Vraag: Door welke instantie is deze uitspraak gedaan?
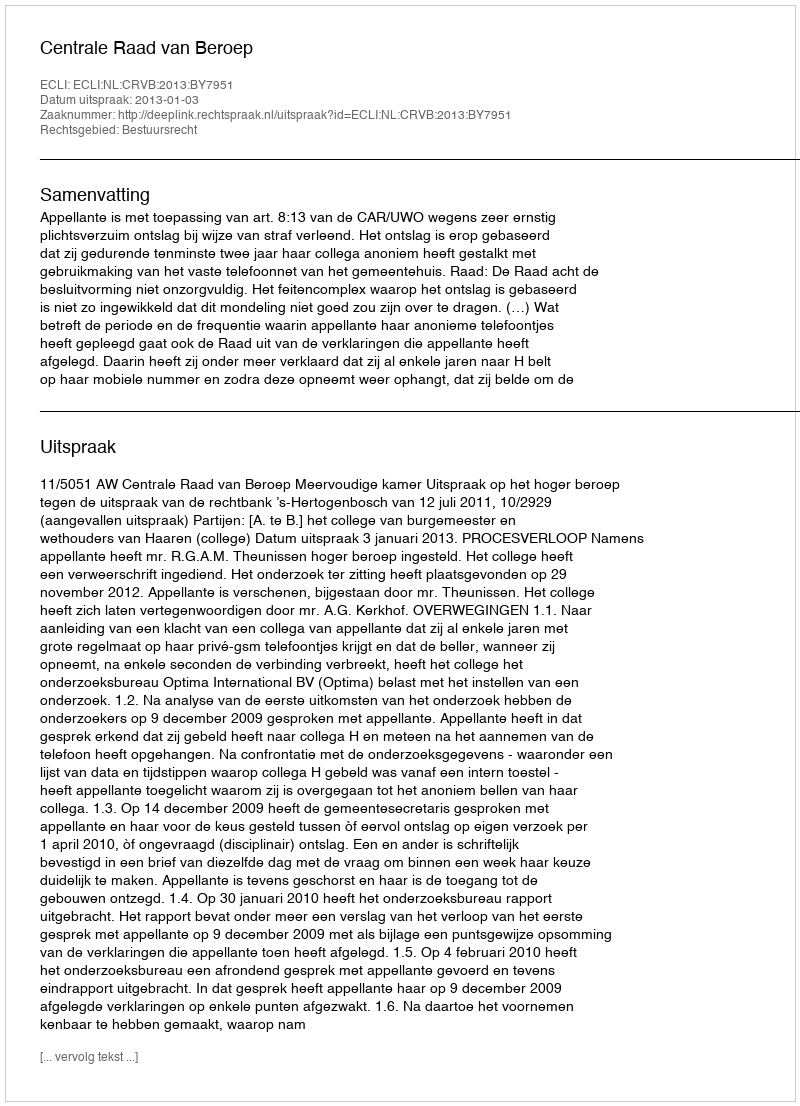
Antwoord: Centrale Raad van Beroep